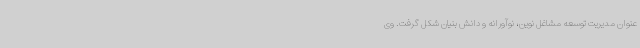
عنوان مدیریت توسعه مشاغل نوین، نوآورانه و دانش بنیان شکل گرفت. وی